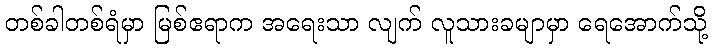
တစ်ခါတစ်ရံမှာ မြစ်ဧရာက အရေးသာ လျက် လူသားခမျာမှာ ရေအောက်သို့